Indian journal of veterinary science and animal husbandry - Volume 4,
Year: 1934
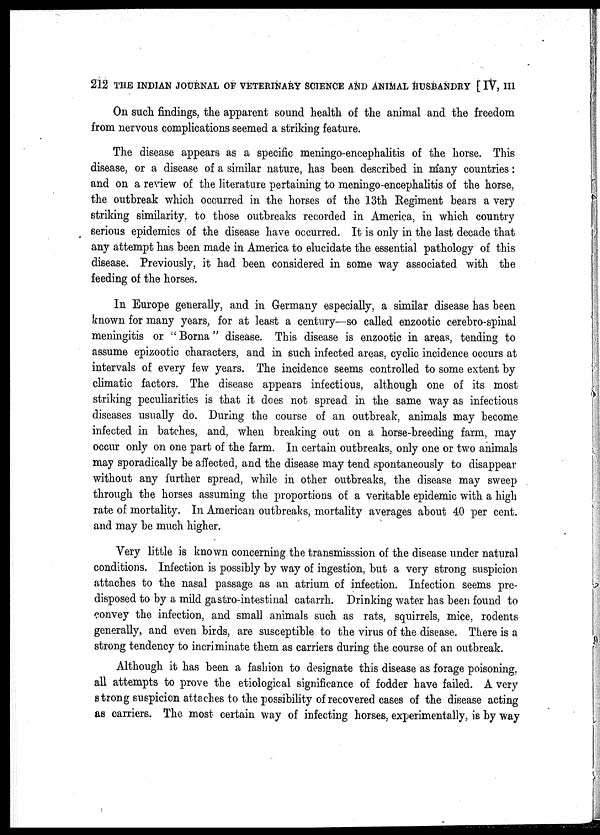
212 THE INDIAN JOURNAL OF VETERINARY SCIENCE AND ANIMAL HUSBANDRY [ IV, III
On such findings, the apparent sound health of the animal and the freedom
from nervous complications seemed a striking feature.
The disease appears as a specific meningo-encephalitis of the horse. This
disease, or a disease of a similar nature, has been described in many countries:
and on a review of the literature pertaining to meningo-encephalitis of the horse,
the outbreak which occurred in the horses of the 13th Regiment bears a very
striking similarity, to those outbreaks recorded in America, in which country
serious epidemics of the disease have occurred. It is only in the last decade that
any attempt has been made in America to elucidate the essential pathology of this
disease. Previously, it had been considered in some way associated with the
feeding of the horses.
In Europe generally, and in Germany especially, a similar disease has been
known for many years, for at least a century—so called enzootic cerebro-spinal
meningitis or " Borna" disease. This disease is enzootic in areas, tending to
assume epizootic characters, and in such infected areas, cyclic incidence occurs at
intervals of every few years. The incidence seems controlled to some extent by
climatic factors. The disease appears infectious, although one of its most
striking peculiarities is that it does not spread in the same way as infectious
diseases usually do. During the course of an outbreak, animals may become
infected in batches, and, when breaking out on a horse-breeding farm, may
occur only on one part of the farm. In certain outbreaks, only one or two animals
may sporadically be affected, and the disease may tend spontaneously to disappear
without any further spread, while in other outbreaks, the disease may sweep
through the horses assuming the proportions of a veritable epidemic with a high
rate of mortality. In American outbreaks, mortality averages about 40 per cent.
and may be much higher.
Very little is known concerning the transmisssion of the disease under natural
conditions. Infection is possibly by way of ingestion, but a very strong suspicion
attaches to the nasal passage as an atrium of infection. Infection seems pre-
disposed to by a mild gastro-intestinal catarrh. Drinking water has been found to
convey the infection, and small animals such as rats, squirrels, mice, rodents
generally, and even birds, are susceptible to the virus of the disease. There is a
strong tendency to incriminate them as carriers during the course of an outbreak.
Although it has been a fashion to designate this disease as forage poisoning,
all attempts to prove the etiological significance of fodder have failed. A very
strong suspicion attaches to the possibility of recovered cases of the disease acting
as carriers. The most certain way of infecting horses, experimentally, is by way